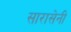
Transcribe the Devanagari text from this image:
सारासेनी